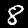
Label: 8